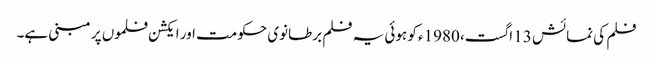
فلم کی نمائش 13 اگست، 1980ء کو ہوئی یہ فلم برطانوی حکومت اور ایکشن فلموں پر مبنی ہے۔